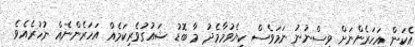
އެކަން އަހަރެންނަށް ވިސްނުނު ނަމަވެސް ކިޔެވުމާމެދު މާ ބޮޑު ޝައުގުވެރިކަމެއް އަހަރެންނެއް ނުހުރެއެވެ.